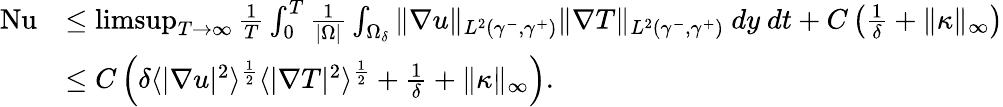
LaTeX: \begin{array}{rl}{\mathrm{{Nu}}}&{\leq\operatorname*{limsup}_{T\to\infty}\frac{1}{T}\int_{0}^{T}\frac{1}{|\Omega|}\int_{\Omega_{\delta}}\| \nabla u\| _{L^{2}(\gamma^{-},\gamma^{+})}\| \nabla T\| _{L^{2}(\gamma^{-},\gamma^{+})}\ dy\ dt+C\left(\frac{1}{\delta}+\| \kappa\| _{\infty}\right)}\\ &{\leq C\left(\delta\langle|\nabla u|^{2}\rangle^{\frac{1}{2}}\langle|\nabla T|^{2}\rangle^{\frac{1}{2}}+\frac{1}{\delta}+\| \kappa\| _{\infty}\right).}\end{array}